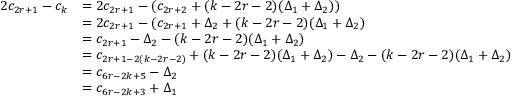
\begin{array} { r l } { 2 c _ { 2 r + 1 } - c _ { k } } & { = 2 c _ { 2 r + 1 } - ( c _ { 2 r + 2 } + ( k - 2 r - 2 ) ( \Delta _ { 1 } + \Delta _ { 2 } ) ) } \\ & { = 2 c _ { 2 r + 1 } - ( c _ { 2 r + 1 } + \Delta _ { 2 } + ( k - 2 r - 2 ) ( \Delta _ { 1 } + \Delta _ { 2 } ) } \\ & { = c _ { 2 r + 1 } - \Delta _ { 2 } - ( k - 2 r - 2 ) ( \Delta _ { 1 } + \Delta _ { 2 } ) } \\ & { = c _ { 2 r + 1 - 2 ( k - 2 r - 2 ) } + ( k - 2 r - 2 ) ( \Delta _ { 1 } + \Delta _ { 2 } ) - \Delta _ { 2 } - ( k - 2 r - 2 ) ( \Delta _ { 1 } + \Delta _ { 2 } ) } \\ & { = c _ { 6 r - 2 k + 5 } - \Delta _ { 2 } } \\ & { = c _ { 6 r - 2 k + 3 } + \Delta _ { 1 } } \end{array}